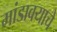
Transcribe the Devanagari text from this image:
मांडावयाचे